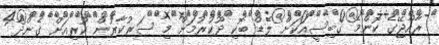
ރާއްޖޭގެ ކޮންމެ ގޭބިސީއަކަށް ލެޑް ބޮކި ދޫކުރުމަށް މި ސަރުކާރުން ކުރިއަށް ގެންދާ